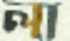
লা